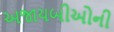
અજાયબીઓની